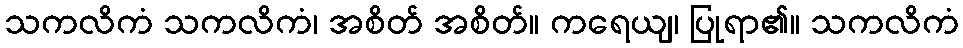
သကလိကံ သကလိကံ၊ အစိတ် အစိတ်။ ကရေယျ၊ ပြုရာ၏။ သကလိကံ